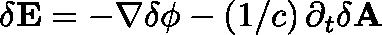
\mathbf { \delta E } = - \nabla \delta \phi - \left( 1 / c \right) \partial _ { t } \mathbf { \delta A }